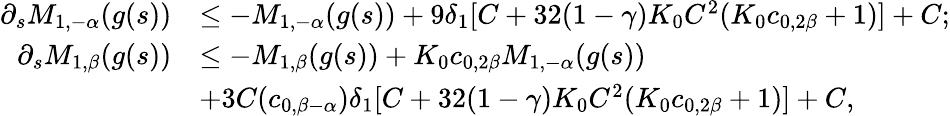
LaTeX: \begin{array}{rl}{\partial_{s}M_{1,-\alpha}(g(s))}&{\leq-M_{1,-\alpha}(g(s))+9\delta_{1}[C+32(1-\gamma)K_{0}C^{2}(K_{0}c_{0,2\beta}+1)]+C;}\\ {\partial_{s}M_{1,\beta}(g(s))}&{\leq-M_{1,\beta}(g(s))+K_{0}c_{0,2\beta}M_{1,-\alpha}(g(s))}\\ &{+3C(c_{0,\beta-\alpha})\delta_{1}[C+32(1-\gamma)K_{0}C^{2}(K_{0}c_{0,2\beta}+1)]+C,}\end{array}